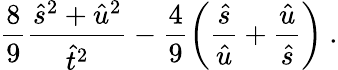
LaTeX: \frac{8}{9}\frac{\hat{s}^{2}+\hat{u}^{2}}{\hat{t}^{2}}-\frac{4}{9}\left(\frac{\hat{s}}{\hat{u}}+\frac{\hat{u}}{\hat{s}}\right)~.